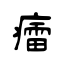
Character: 癗